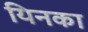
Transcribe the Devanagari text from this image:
यिनका